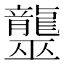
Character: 𪚠